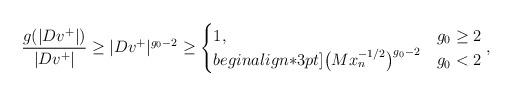
LaTeX: \begin{align*} \frac{g(|Dv^+|)}{|Dv^+|}\geq |Dv^+|^{g_0-2} \geq \begin{cases}1,&g_0\geq 2 \\begin{align*}3pt]\big(Mx_n^{-1/2}\big)^{g_0-2} &g_0<2\end{cases},\end{align*}